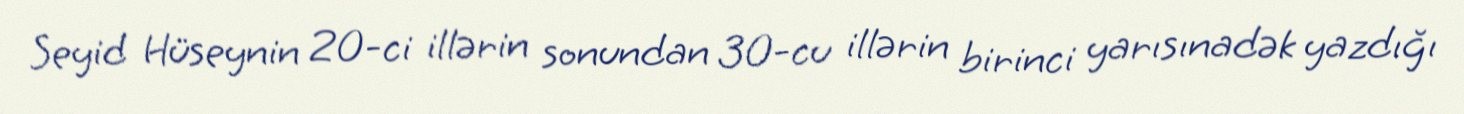
Seyid Hüseynin 20-ci illərin sonundan 30-cu illərin birinci yarısınadək yazdığı